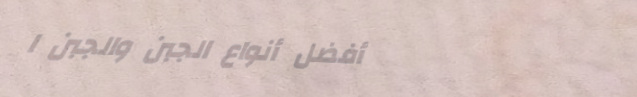
أفضل أنواع الجبن والجبن ا